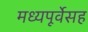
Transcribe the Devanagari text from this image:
मध्यपूर्वेसह